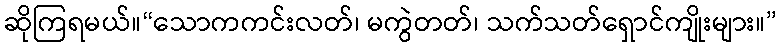
ဆိုကြရမယ်။“သောကကင်းလတ်၊ မကွဲတတ်၊ သက်သတ်ရှောင်ကျိုးများ။”